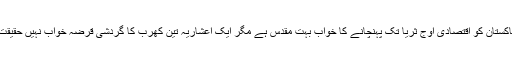
مانا پاکستان کو اقتصادی اوجِ ثریا تک پہنچانے کا خواب بہت مقدس ہے مگر ایک اعشاریہ تین کھرب کا گردشی قرضہ خواب نہیں حقیقت ہے۔